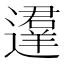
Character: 𰻚